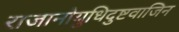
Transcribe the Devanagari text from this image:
राजानोयुधिदुष्टवाजिन